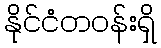
နိုင်ငံတဝန်းရှိ